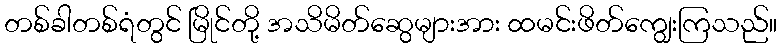
တစ်ခါတစ်ရံတွင် မြိုင်တို့ အသိမိတ်ဆွေများအား ထမင်းဖိတ်ကျွေးကြသည်။